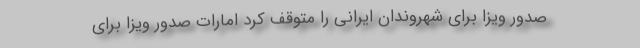
صدور ویزا برای شهروندان ایرانی را متوقف کرد امارات صدور ویزا برای